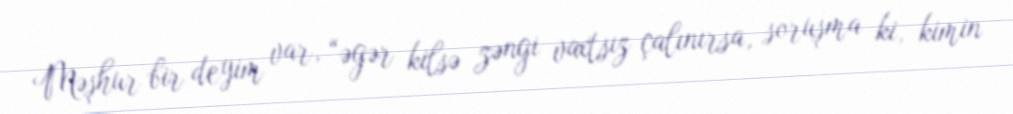
Məşhur bir deyim var, “əgər kilsə zəngi vaxtsız çalınırsa, soruşma ki, kimin